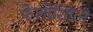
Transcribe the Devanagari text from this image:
फेलोशिपने